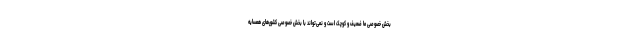
بخش خصوصی ما ضعیف و کوچک است و نمی‌تواند با بخش خصوصی کشورهای همسایه